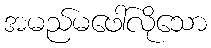
အမည်မဖေါ်လိုသော